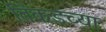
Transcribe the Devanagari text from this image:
तिकडच्या